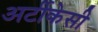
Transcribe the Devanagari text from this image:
अर्टीकेसी